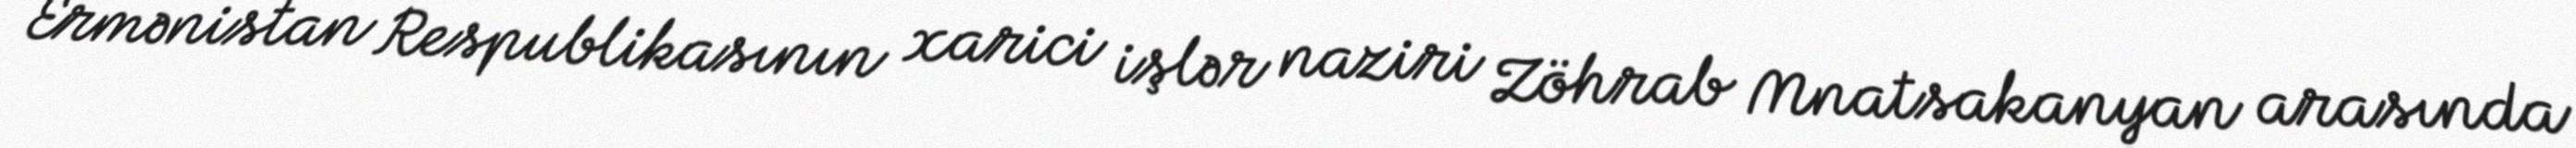
Ermənistan Respublikasının xarici işlər naziri Zöhrab Mnatsakanyan arasında